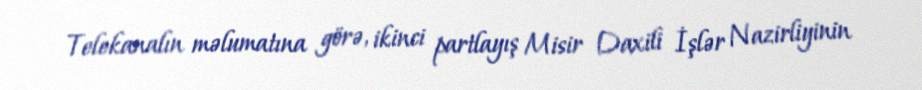
Telekanalın məlumatına görə, ikinci partlayış Misir Daxili İşlər Nazirliyinin